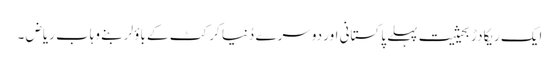
ایک ریکادڑ بحیثیت پہلے پاکستانی اور دوسرے دُنیا کرکٹ کے باؤلر بنے وہاب ریاض ۔